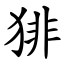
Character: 猅